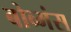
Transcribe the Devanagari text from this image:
बोव्मंस